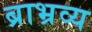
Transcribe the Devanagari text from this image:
ब्राभ्रव्य